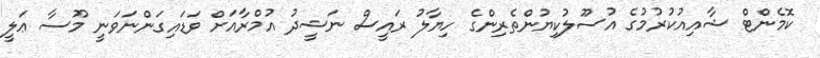
ކޮމެންޓް ޝާއިއުކުރުމުގެ އުސޫލުކިޔުންތެރިންގެ ހިޔާލު ރައީސް ނަޝީދު އުމްރާއަށް ވަޑައިގަންނަވަނީ މޫސާ ޢަލީ